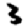
Digit: 3